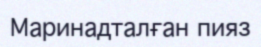
Маринадталған пияз